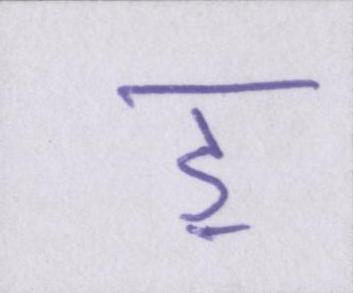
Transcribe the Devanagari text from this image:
ॾ